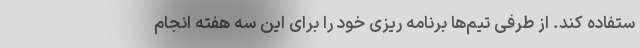
ستفاده کند. از طرفی تیم‌ها برنامه ریزی خود را برای این سه هفته انجام